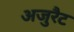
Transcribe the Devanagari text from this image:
अजुरैट